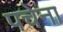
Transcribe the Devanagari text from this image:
पचेना